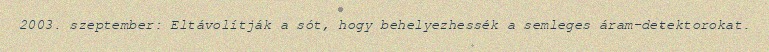
2003. szeptember: Eltávolítják a sót, hogy behelyezhessék a semleges áram-detektorokat.